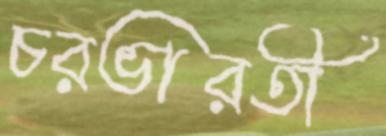
চরভারতী